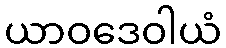
ယာဝဒေဝါယံ